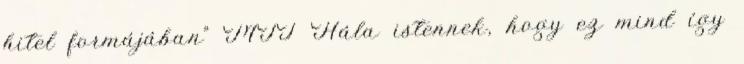
hitel formájában” MTI Hála istennek, hogy ez mind így